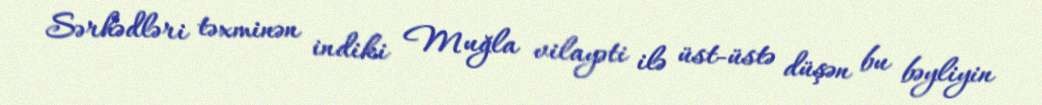
Sərhədləri təxminən indiki Muğla vilayəti ilə üst-üstə düşən bu bəyliyin